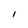
Character: I